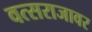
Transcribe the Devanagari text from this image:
वत्सराजावर